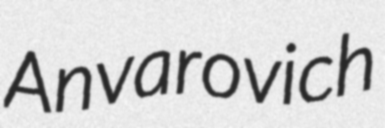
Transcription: Anvarovich